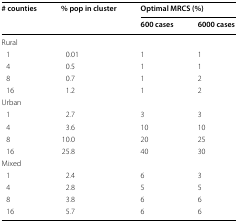
| <ROWSPAN=2> # counties | <ROWSPAN=2> % pop in cluster | <COLSPAN=2> Optimal MRCS (%) |
 | 600 cases | 6000 cases |
 | --- | --- | --- | --- |
 | Rural |  |  |  |
 | 1 | 0.01 | 1 | 1 |
 | 4 | 0.5 | 1 | 1 |
 | 8 | 0.7 | 1 | 2 |
 | 16 | 1.2 | 1 | 2 |
 | Urban |  |  |  |
 | 1 | 2.7 | 3 | 3 |
 | 4 | 3.6 | 10 | 10 |
 | 8 | 10.0 | 20 | 25 |
 | 16 | 25.8 | 40 | 30 |
 | Mixed |  |  |  |
 | 1 | 2.4 | 6 | 3 |
 | 4 | 2.8 | 5 | 5 |
 | 8 | 3.8 | 6 | 6 |
 | 16 | 5.7 | 6 | 6 |